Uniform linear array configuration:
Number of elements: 24
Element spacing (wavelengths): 0.5
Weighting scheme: hann
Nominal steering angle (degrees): -60
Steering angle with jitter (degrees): -59.491
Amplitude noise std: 0.05
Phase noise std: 0.05

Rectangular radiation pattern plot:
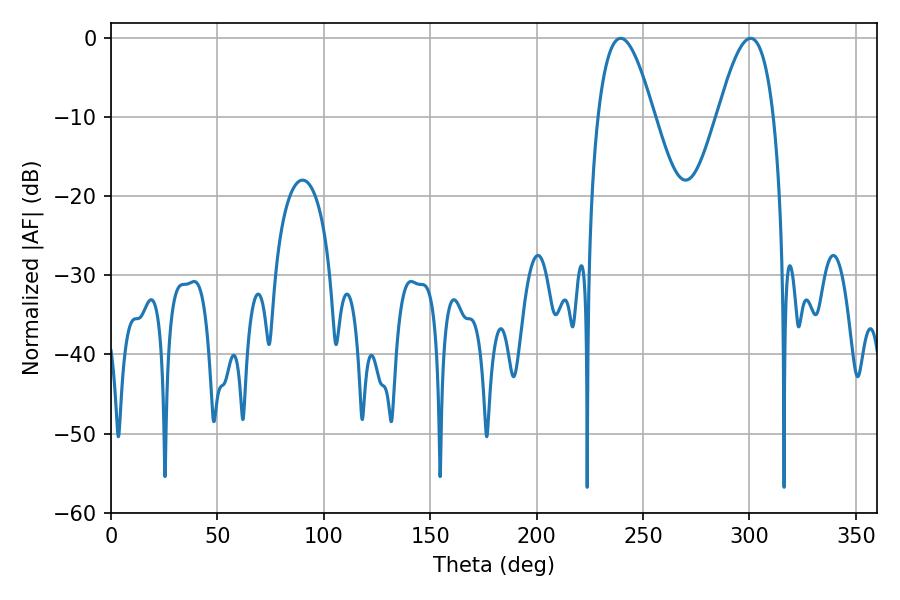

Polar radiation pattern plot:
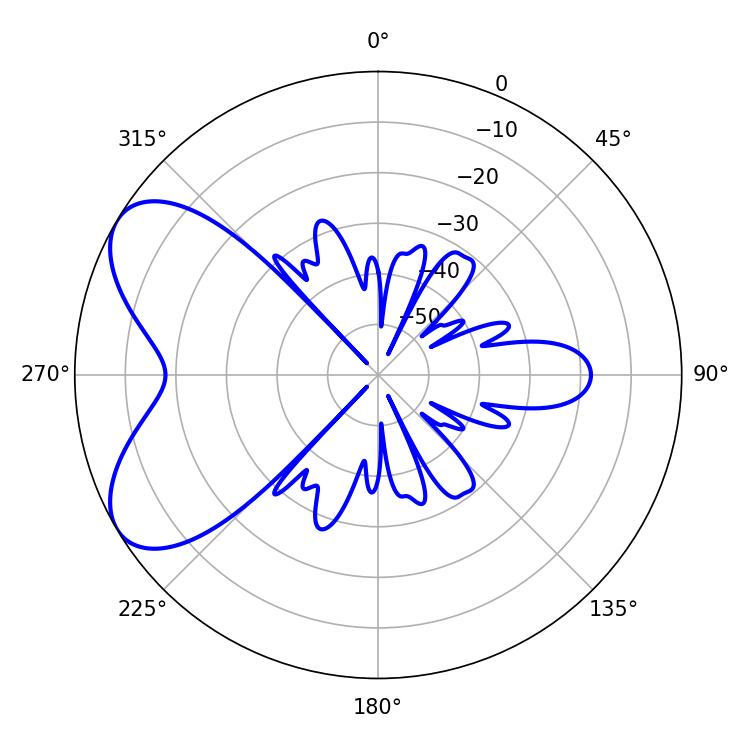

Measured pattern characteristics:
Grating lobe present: FALSE
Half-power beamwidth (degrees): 14.4
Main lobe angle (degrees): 239.4